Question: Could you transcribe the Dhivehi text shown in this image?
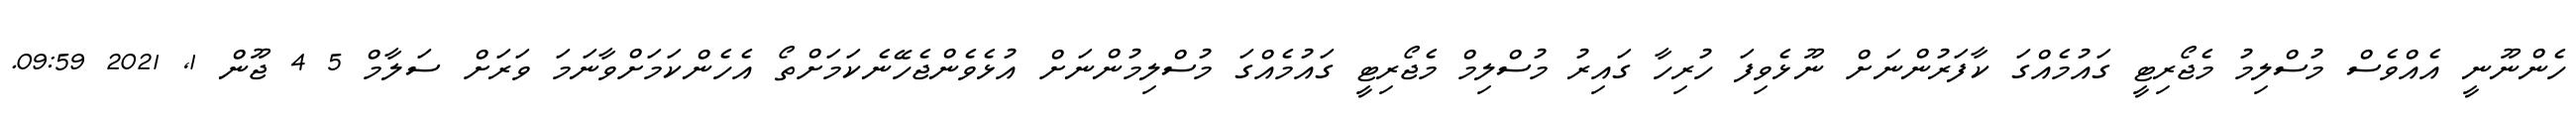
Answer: ހެންނޫނީ އެއްވެސް މުސްލިމު މެޖޯރިޓީ ގައުމެއްގަ ކާފަރުންނަށް ނޫޅެވިފަ ހުރިހާ ގައިރު މުސްލިމް މެޖޯރިޓީ ގައުމެއްގަ މުސްލިމުންނަށް އުޅެވެންޖެހޭނެކަމަށްތޯ އެހެންކަމަށްވާނަމަ ވަރަށް ސަލާމް 5 4 ޖޫން 1, 2021 09:59.